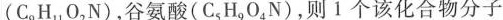
(C_{9} H_{11} O_{2} N)，谷氨酸(C_{5} H_{9} O_{4} N)，则1个该化合物分子